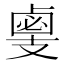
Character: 𢻛